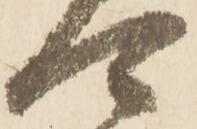
可